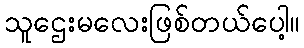
သူဌေးမလေးဖြစ်တယ်ပေါ့။